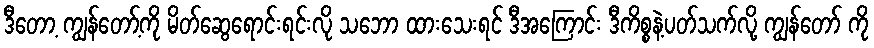
ဒီတော့ ကျွန်တော့်ကို မိတ်ဆွေရောင်းရင်းလို သဘော ထားသေးရင် ဒီအကြောင်း ဒီကိစ္စနဲ့ပတ်သက်လို့ ကျွန်တော် ကို